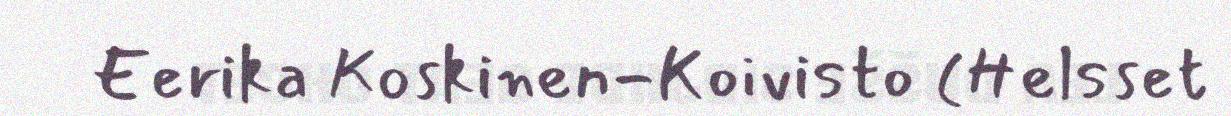
Eerika Koskinen-Koivisto (Helsset